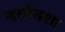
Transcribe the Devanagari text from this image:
बर्याचशा